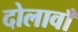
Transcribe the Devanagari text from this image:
दोलावाँ